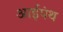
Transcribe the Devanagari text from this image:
आईपंथ